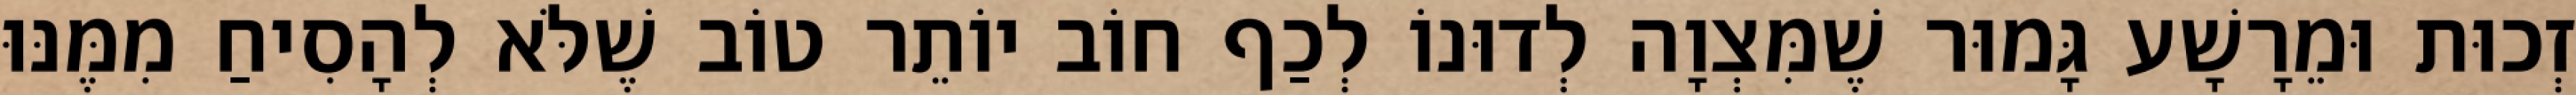
זְכוּת וּמֵרָשָׁע גָּמוּר שֶׁמִּצְוָה לְדוּנוֹ לְכַף חוֹב יוֹתֵר טוֹב שֶׁלֹּא לְהָסִיחַ מִמֶּנּוּ